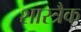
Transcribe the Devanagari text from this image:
शास्त्रैक